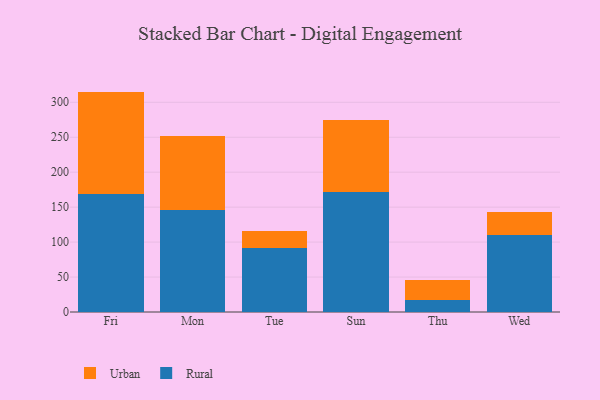
{"axis": {"x": "Day", "y": "Inventory Turnover"}, "legend": ["Rural", "Urban"], "data": [{"x": "Fri", "y": 168.6, "type": "Rural"}, {"x": "Fri", "y": 146.7, "type": "Urban"}, {"x": "Mon", "y": 145.6, "type": "Rural"}, {"x": "Mon", "y": 106.3, "type": "Urban"}, {"x": "Tue", "y": 92.0, "type": "Rural"}, {"x": "Tue", "y": 23.5, "type": "Urban"}, {"x": "Sun", "y": 171.4, "type": "Rural"}, {"x": "Sun", "y": 102.9, "type": "Urban"}, {"x": "Thu", "y": 16.9, "type": "Rural"}, {"x": "Thu", "y": 28.6, "type": "Urban"}, {"x": "Wed", "y": 109.8, "type": "Rural"}, {"x": "Wed", "y": 33.0, "type": "Urban"}]}